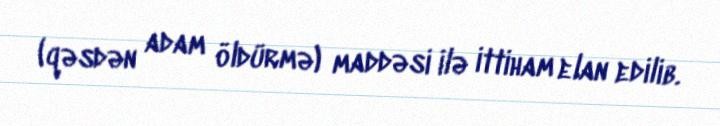
(qəsdən adam öldürmə) maddəsi ilə ittiham elan edilib.